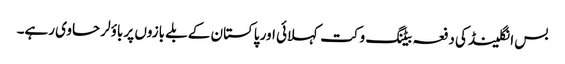
بس انگلینڈ کی دفعہ بیٹنگ وکت کہلائی اور پاکستان کے بلے بازوں پر باؤلر حاوی رہے۔